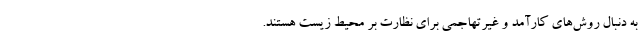
به دنبال روش‌های کارآمد و غیرتهاجمی برای نظارت بر محیط زیست هستند.